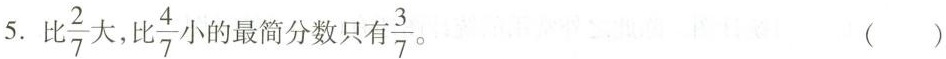
5.比 \frac{2}{7} 大，比 \frac{4}{7} 小的最简分数只有 \frac{3}{7} ()